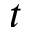
t